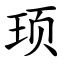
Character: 顼